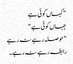
" کہاں کوئی ہے
جہاں کوئی ہے "
" حوصلہ رہے نہ رہے
رابطہ رہے نہ رہے ۔